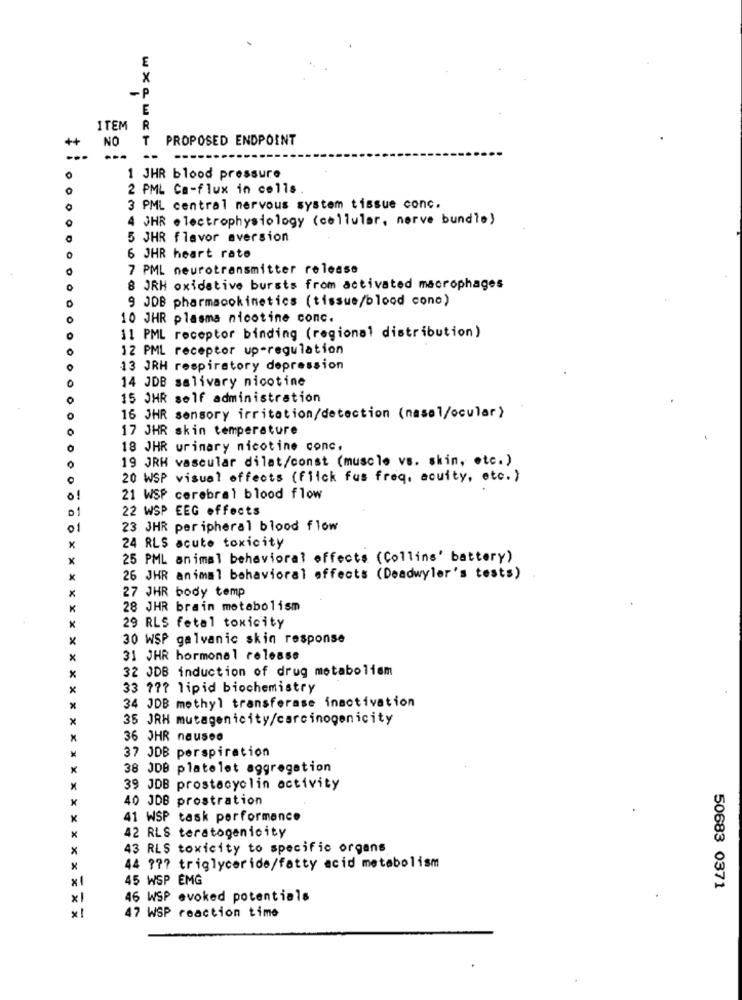
E
X
-P
ITEM
R
++
T
PROPOSED ENDPOINT
NO
1 JHR blood pressure
2 PML Ca-flux in cells
3 PML central nervous system tissue conc.
4 JHR electrophysiology (cellular, nerve bundle)
5 JHR flavor aversion
6 JHR heart rate
7 PML neurotransmitter release
8 JRH oxidative bursts from activated macrophages
9 JDB pharmacokinetics (tissue/blood cono)
10 JHR plasma nicotine conc.
11 PML receptor binding (regional distribution)
12 PML receptor up-regulation
13 JRH respiratory depression
14 JDB salivary nicotine
15 JHR self administration
16 JHR sensory irritation/detection (nasal/ocular )
17 JHR skin temperature
O
18 JHR urinary nicotine conc.
19 JRH vascular dilat/const (muscle vs. skin, etc.)
20 WSP visual effects (flick fus freq, acuity, etc. )
21 WSP cerebral blood flow
22 WSP EEG effects
01
23 JHR peripheral blood flow
x
24 RLS acute toxicity
X
25 PML animal behavioral effects (Collins' battery)
26 JHR animal behavioral effects (Deadwyler's tests)
27 JHR body temp
K
28 JHR brain metabolism
x
29 RLS fetal toxicity
X
30 WSP galvanic skin response
x
31 JHR hormonal release
32 JDB induction of drug metaboliem
x
33 77? lipid biochemistry
34 JDB methyl transferase inactivation
x
35 JRH mutagenicity/carcinogenicity
x
36 JHR nauseo
37 JDB perspiration
38 JDB platelet aggregation
x
39 JDB prostacyclin activity
40 JDB prostration
41 WSP task performance
X
42 RLS teratogenicity
43 RLS toxicity to specific organs
x
************** XXXXXXX
44 777 triglyceride/fatty acid metabolism
45 WSP EMG
50683 0371
XX
46 WSP evoked potentials
×!
47 WSP reaction time